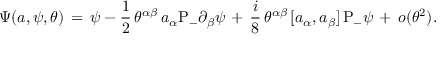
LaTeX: \Psi ( a , \psi , \theta ) \, = \, \psi - \frac { 1 } { 2 } \, \theta ^ { \alpha \beta } \, a _ { \alpha } \mathrm { P } _ { - } \partial _ { \beta } \psi \, + \, \frac { i } { 8 } \, \theta ^ { \alpha \beta } \, [ a _ { \alpha } , a _ { \beta } ] \, \mathrm { P } _ { - } \psi \, + \, o ( \theta ^ { 2 } ) .